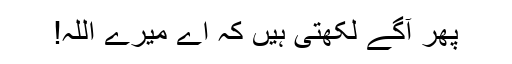
پھر آگے لکھتی ہیں کہ اے میرے اللہ!